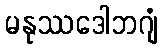
မနုဿဒေါဘဂျံ